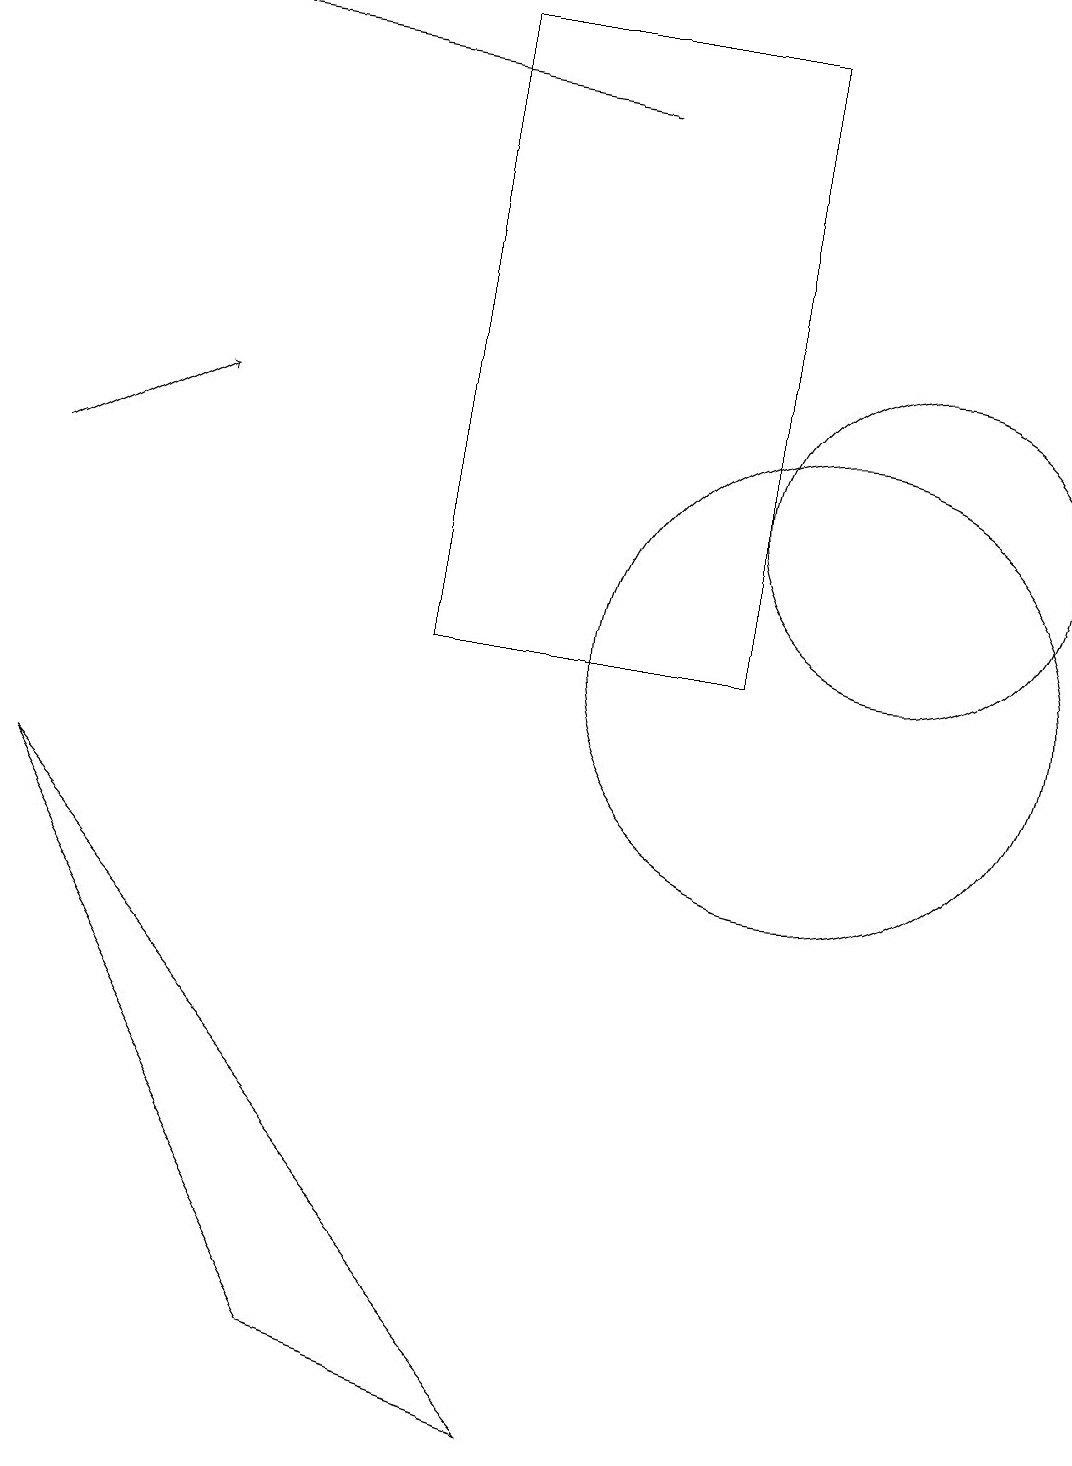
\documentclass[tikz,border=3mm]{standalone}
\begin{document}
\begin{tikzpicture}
\draw (7,0) -- (4,1) -- (0,8) -- cycle;
\draw (11,12) circle (2);
\draw (9,10) rectangle (5,18);
\draw (10,10) circle (3);
\draw[->] (7,17) -- (0,18);
\draw[->] (0,12) -- (2,13);
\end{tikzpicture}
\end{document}